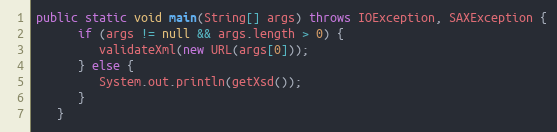
Language: Java
public static void main(String[] args) throws IOException, SAXException {
      if (args != null && args.length > 0) {
         validateXml(new URL(args[0]));
      } else {
         System.out.println(getXsd());
      }
   }